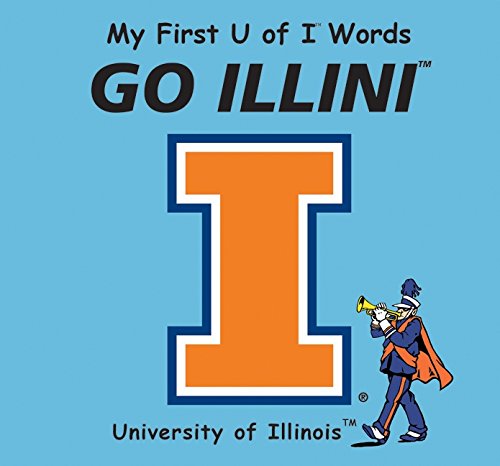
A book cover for My First U of I Words Go Illini; Connie McNamara; Humor & Entertainment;